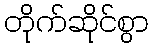
တိုက်ဆိုင်စွာ